Vaccination report Assam 1874-1896 - 1874-1896
Year: 1874
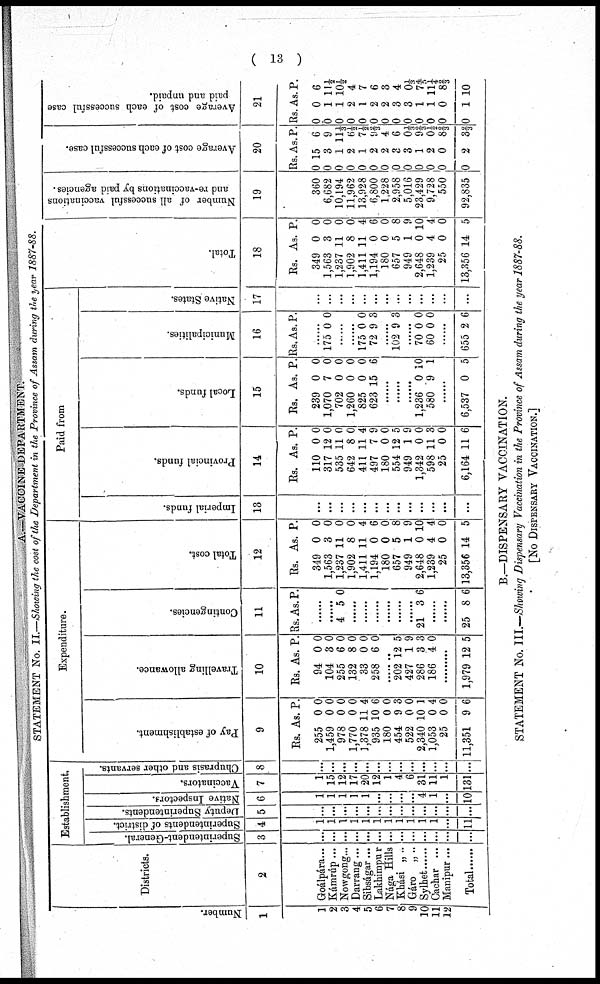
( 13 )
A.—VACCINE DEPARTMENT.
STATEMENT No. II.—Showing the cost of the Department in the Province of Assam during the year 1887-88.
Number.
1
1
2
3
4
5
6
7
8
9
10
11
12
Districts.
2
Goálpára...
Kámrúp...
Nowgong...
Darrang...
Sibságar...
Lakhimpur
Nága Hills
Khási „ ..
Gáro „ ..
Sylhet
Cachar ...
Manipur ...
Total
Establishment.
Superintendent-General.
3
...
...
...
...
...
...
...
...
...
...
...
...
...
Superintendents of di st r i ct .
4
1
1
1
1
1
1
1
1
1
1
1
...
11
Deputy Superintendents.
5
...
...
...
...
...
...
...
...
...
...
...
...
...
Native Inspectors.
6
1
1
1
1
1
...
...
...
...
4
1
...
10
Vaccinators.
7
1
15
12
17
20
12
1
4
6
31
11
1
131
Chuprasis and other servants.
8
...
...
...
...
...
...
...
...
...
...
...
...
...
Expenditure.
Pay of establishment.
9
Rs.
255
1,459
978
1,770
1,378
935
180
454
522
2,340
1,053
25
11,351
As.
0
0
0
0
11
10
0
9
0
10
0
0
9
P.
0
0
0
0
4
6
0
3
0
1
4
0
6
Travelling allowance.
10
Rs.
94
104
255
132
33
258
As.
0
3
6
8
0
6
P.
0
0
0
0
0
0
......
202
427
286
186
12
1
3
4
5
9
3
0
......
1,979 12 5
Contingencies.
11
Rs. As. P.
......
......
4 5 0
......
......
......
......
......
......
21 3 6
......
......
25 8 6
Total cost.
12
Rs.
349
1,563
1,237
1,902
1,411
1,194
180
657
949
2,648
1,239
25
13,356
As.
0
3
11
8
11
0
0
5
1
0
4
0
14
P.
0
0
0
0
4
6
0
8
9
10
4
0
5
Paid from
Imperial funds.
13
...
...
...
...
...
...
...
...
...
...
...
...
...
Provincial funds.
14
Rs.
110
317
535
642
411
497
180
554
949
1,342
598
25
6,164
As.
0
12
11
8
11
7
0
12
1
0
11
0
11
p.
0
0
0
0
4
9
0
5
9
0
3
0
6
Local funds.
15
Rs.
239
1,070
702
1,260
825
623
As.
0
7
0
0
0
15
P.
0
0
0
0
0
6
......
......
......
1,236
580
0
9
10
1
......
6,537 0 5
Municipalities.
16
Rs. As. P.
......
175 0 0
......
......
175
72
0
9
0
3
......
102 9 3
......
70
60
0
0
0
0
......
655 2 6
Native States.
17
......
...
...
...
...
...
...
...
...
...
...
...
...
Total.
18
Rs.
349
1,563
1,237
1,902
1,411
1,194
180
657
949
2,648
1,239
25
13,356
As.
0
3
11
8
11
0
0
5
1
0
4
0
14
P.
0
0
0
0
4
6
0
8
9
10
4
0
5
Number of all successful vaccinations
and re-vaccinations by paid agencies.
19
360
6,682
10,194
11,962
13,928
6,800
1,228
2,958
5,016
23,429
9,728
550
92,835
Average cost of each successful case.
20
Rs.
0
0
0
0
0
0
0
0
0
0
0
0
0
As.
15
3
1
2
1
2
2
3
3
1
2
0
2
P.
6
9
11 1/3
6½
7½
9 2/3
4
6
0 1/3
9 2/3
0 ½
8 2/3
3 2/3
Average cost of each successful case
paid and unpaid.
21
Rs.
0
0
0
0
0
0
0
0
0
0
0
0
0
As.
0
1
1
2
1
2
2
3
3
1
1
0
1
P.
6
11½
10½
4
7
6
3
4
0 1/3
7 4/5
11¼
8 2/3
10
B.—DISPENSARY VACCINATION.
STATEMENT No. III.—Showing Dispensary Vaccination in the Province of Assam during the year 1887-88.
[No DISPENSARY VACCINATION.]